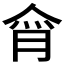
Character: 𰂕